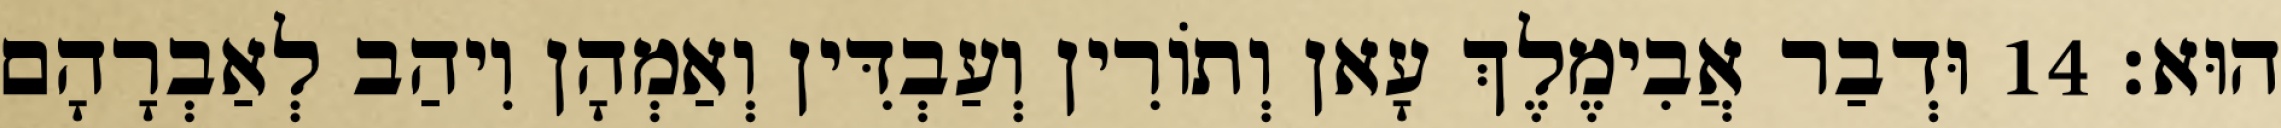
הוּא׃ 14 וּדְבַר אֲבִימֶלֶךְ עָאן וְתוֹרִין וְעַבְדִּין וְאַמְהָן וִיהַב לְאַבְרָהָם